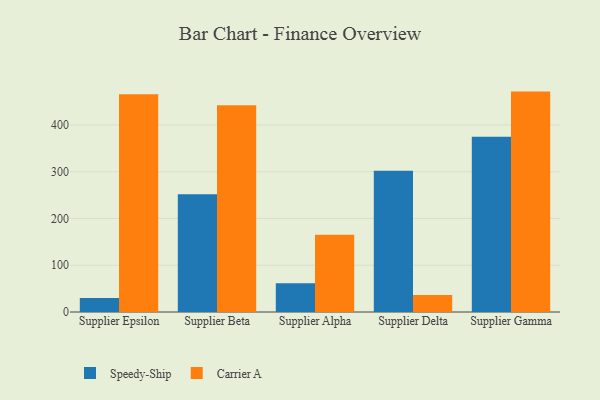
{"axis": {"x": "Supplier", "y": "Conversion Rate (%)"}, "legend": ["Carrier A", "Speedy-Ship"], "data": [{"x": "Supplier Epsilon", "y": 29.9, "type": "Speedy-Ship"}, {"x": "Supplier Epsilon", "y": 465.6, "type": "Carrier A"}, {"x": "Supplier Beta", "y": 251.7, "type": "Speedy-Ship"}, {"x": "Supplier Beta", "y": 442.0, "type": "Carrier A"}, {"x": "Supplier Alpha", "y": 61.6, "type": "Speedy-Ship"}, {"x": "Supplier Alpha", "y": 165.4, "type": "Carrier A"}, {"x": "Supplier Delta", "y": 301.9, "type": "Speedy-Ship"}, {"x": "Supplier Delta", "y": 36.1, "type": "Carrier A"}, {"x": "Supplier Gamma", "y": 375.0, "type": "Speedy-Ship"}, {"x": "Supplier Gamma", "y": 471.3, "type": "Carrier A"}]}